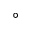
^ \circ